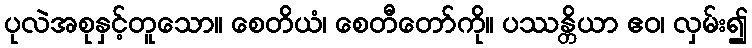
ပုလဲအစုနှင့်တူသော။ စေတိယံ၊ စေတီတော်ကို။ ပဿန္တိယာ ဧဝ၊ လှမ်း၍